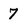
Character: 7